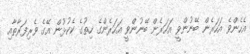
އެހެންވެ އަހަރެން ބޭނުންވީ އަހަރެން ބޭނުންވީ އަހަރެންގެ ހިތުގެ ކެކުޅުން އޭގެ ވެރިފަރާތާއި